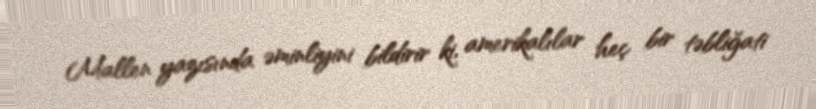
Mallen yazısında əminliyini bildirir ki, amerikalılar heç bir təbliğati